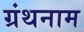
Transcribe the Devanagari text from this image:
ग्रंथनाम